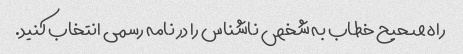
راه صحیح خطاب به شخص ناشناس را در نامه رسمی انتخاب کنید.